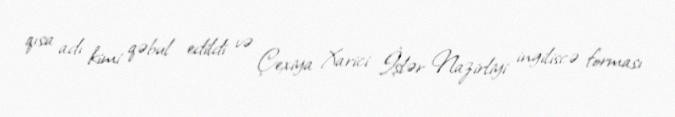
qısa adı kimi qəbul edildi və Çexiya Xarici İşlər Nazirliyi ingiliscə forması